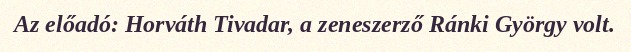
Az előadó: Horváth Tivadar, a zeneszerző Ránki György volt.